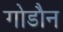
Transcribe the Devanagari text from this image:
गोडौन